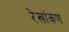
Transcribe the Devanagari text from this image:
रेखांकण